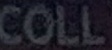
COLL